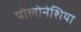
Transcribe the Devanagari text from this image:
पोलोनेशिया